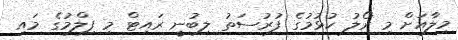
މިލާއަށް މި ރޯލު ކުޅުމުގެ ފުރުސަތު ލިބުނީ ރައިޓް މި ފިލްމުގެ މައި